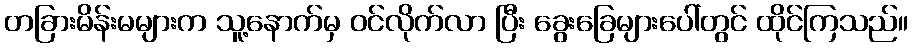
တခြားမိန်းမများက သူ့နောက်မှ ဝင်လိုက်လာ ပြီး ခွေးခြေများပေါ်တွင် ထိုင်ကြသည်။